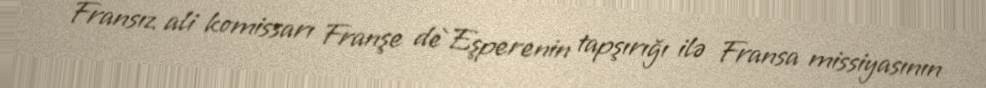
Fransız ali komissarı Franşe de`Eşperenin tapşırığı ilə Fransa missiyasının